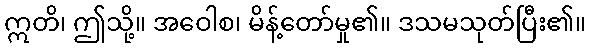
ဣတိ၊ ဤသို့။ အဝေါစ၊ မိန့်တော်မှု၏။ ဒသမသုတ်ပြီး၏။